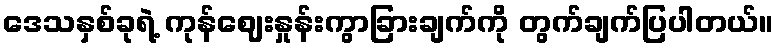
ဒေသနှစ်ခုရဲ့ ကုန်ဈေးနှုန်းကွာခြားချက်ကို တွက်ချက်ပြပါတယ်။